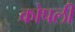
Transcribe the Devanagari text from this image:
कोपली